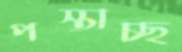
পস্তাচ্ছ